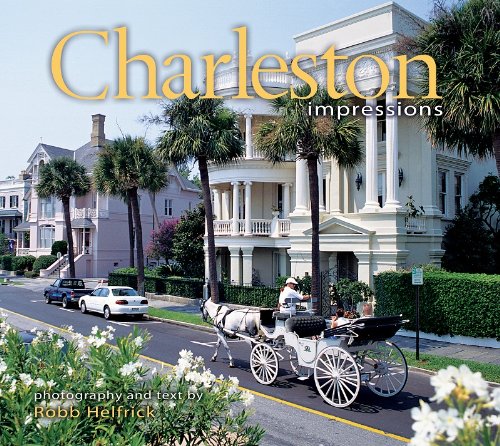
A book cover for Charleston Impressions; photography by Robb Helfrick; Travel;